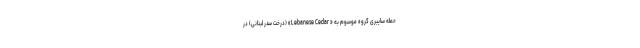
حمله سایبری گروه موسوم به « Lebanese Cedar» (درخت سدر لبنانی) در